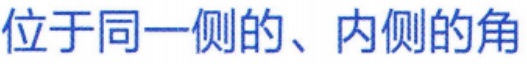
位于同一侧的、内侧的角